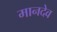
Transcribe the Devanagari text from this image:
मानदेव